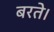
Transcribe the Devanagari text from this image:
बरते।